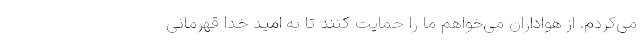
می‌کردم. از هواداران می‌خواهم ما را حمایت کنند تا به امید خدا قهرمانی